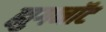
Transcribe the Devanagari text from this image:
ह्युगनॉट